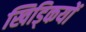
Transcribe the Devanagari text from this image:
खिड्कियों